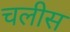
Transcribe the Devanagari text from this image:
चलीस